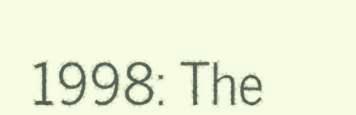
1998: The